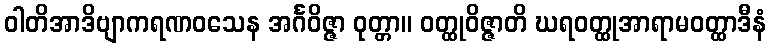
ဝါတိအာဒိဗျာကရဏဝသေန အင်္ဂဝိဇ္ဇာ ဝုတ္တာ။ ဝတ္ထုဝိဇ္ဇာတိ ဃရဝတ္ထုအာရာမဝတ္ထာဒီနံ